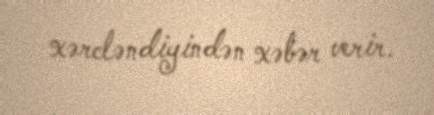
xərcləndiyindən xəbər verir.